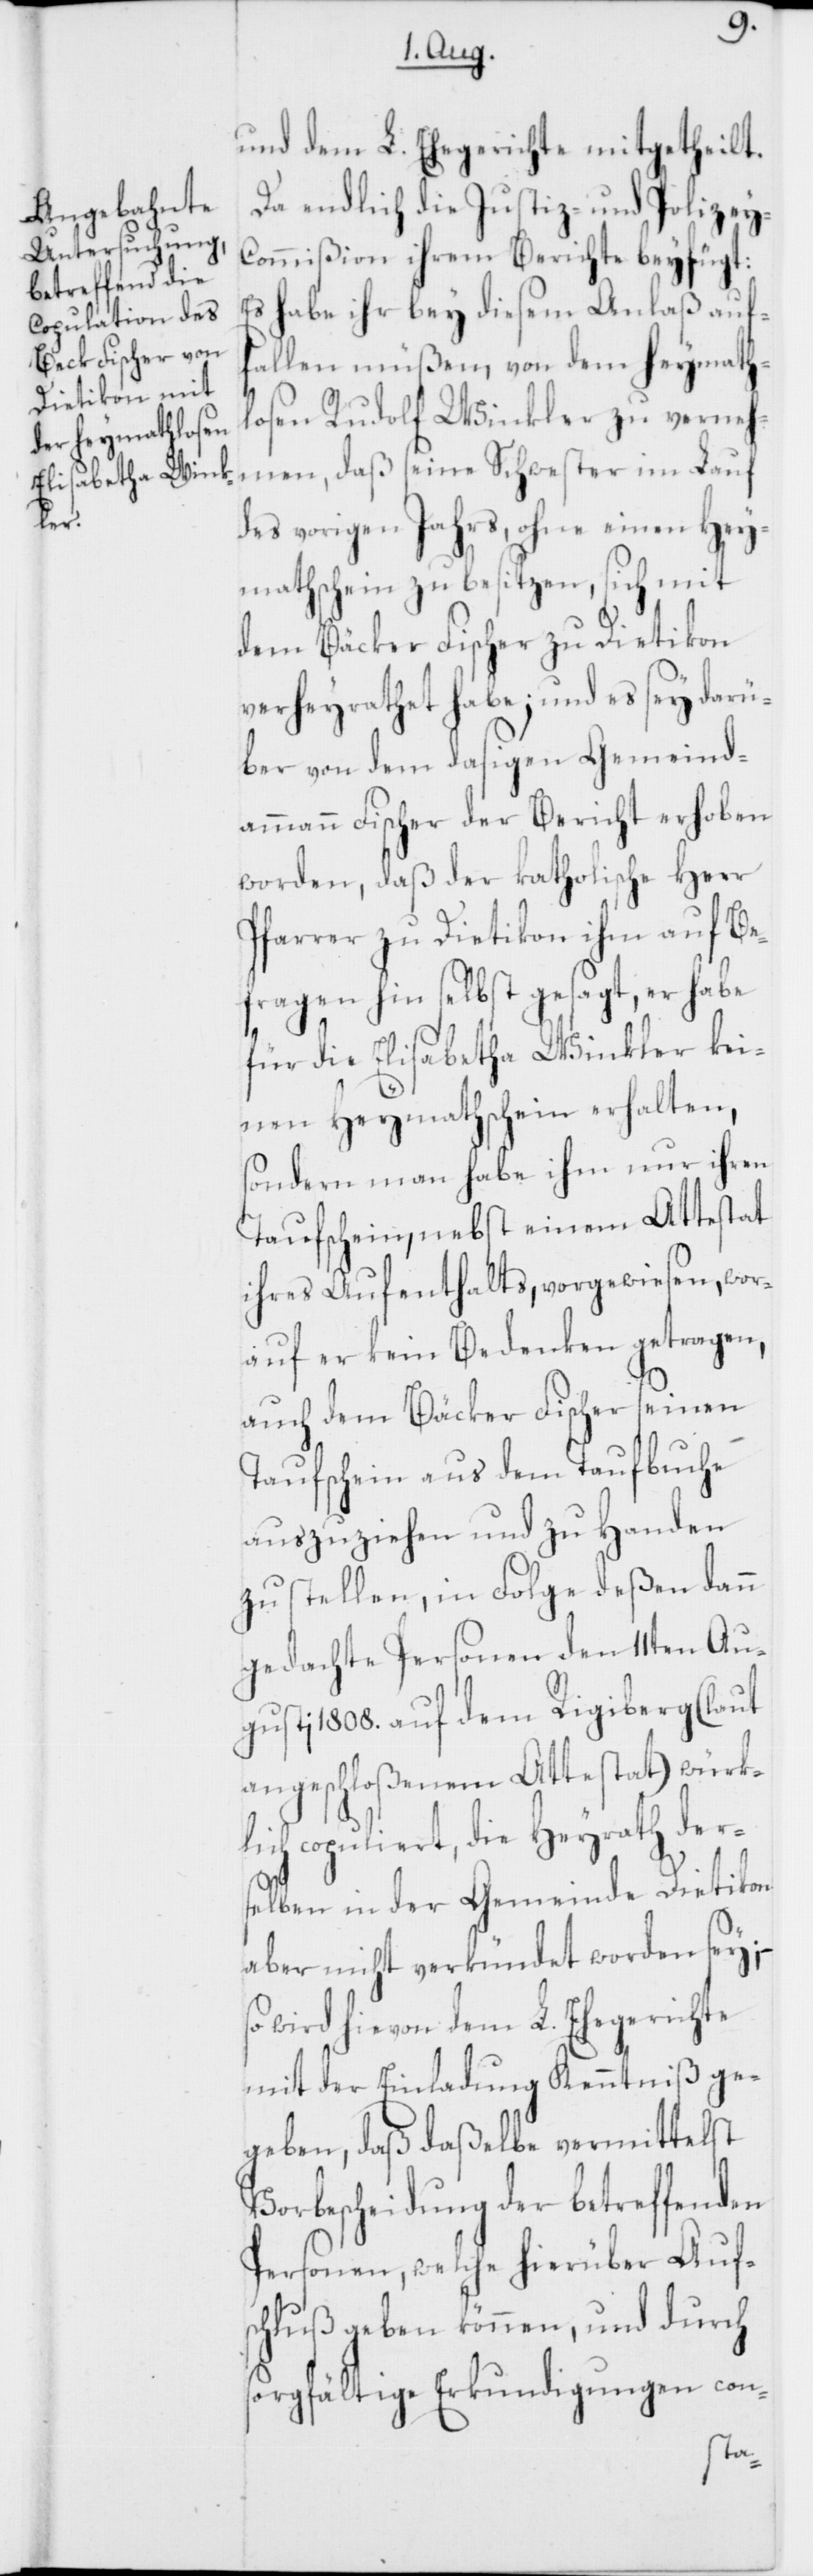
lich

und dem L. Ehegerichte mitgetheilt.
Da endlich die Justiz- und Polizey-C¬
ommißion ihrem Berichte beyfügt:
Es habe ihr bey diesem Anlaß auf¬
fallen müßen, von dem heymath¬
losen Rudolf Winkler zu verneh¬
men, daß seine Schwester im Lauf
des vorigen Jahrs, ohne einen Hey¬
mathschein zu besitzen, sich mit
dem Bäcker Fischer zu Dietikon
verheyrathet habe; und es sey darü¬
ber von dem dasigen Gemeind¬
ammann Fischer der Bericht erhoben
worden, daß der katholische Herr
Pfarrer zu Dietikon ihm auf Be¬
fragen hin selbst gesagt, er habe
für die Elisabetha Winkler kei¬
nen Heymathschein erhalten,
sondern man habe ihm nur ihren
Taufschein, nebst einem Attestat
ihres Aufenthalts, vorgewiesen, wor¬
auf er kein Bedenken getragen,
auch dem Bäcker Fischer seinen
Taufschein aus dem Taufbuche
auszuziehen und zu Handen
zu stellen, in Folge deßen dann
gedachte Personen den 11ten Au¬
gusti 1808. auf dem Rigiberg (laut
angeschloßenem Attestat) würk¬
copuliert, die Heyrath der¬
selben in der Gemeinde Dietikon
aber nicht verkündet worden sey;
wird hievon dem L. Ehegerichte
mit der Einladung Kenntniß ge¬
geben, daß daßelbe vermittelst
Vorbescheidung der betreffenden
Personen, welche hierüber Auf¬
schluß geben können, und durch
sorgfältige Erkundigungen con-